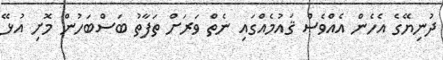
ދުނިޔޭގެ އެހެން އެއްވެސް ޤައުމެއްގައި ނެތް ވަރަށް ތަފާތު ބަސްބަހުން މޮށި އުޅޭ